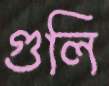
গুলি